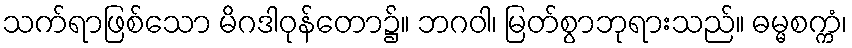
သက်ရာဖြစ်သော မိဂဒါဝုန်တော၌။ ဘဂဝါ၊ မြတ်စွာဘုရားသည်။ ဓမ္မစက္ကံ၊